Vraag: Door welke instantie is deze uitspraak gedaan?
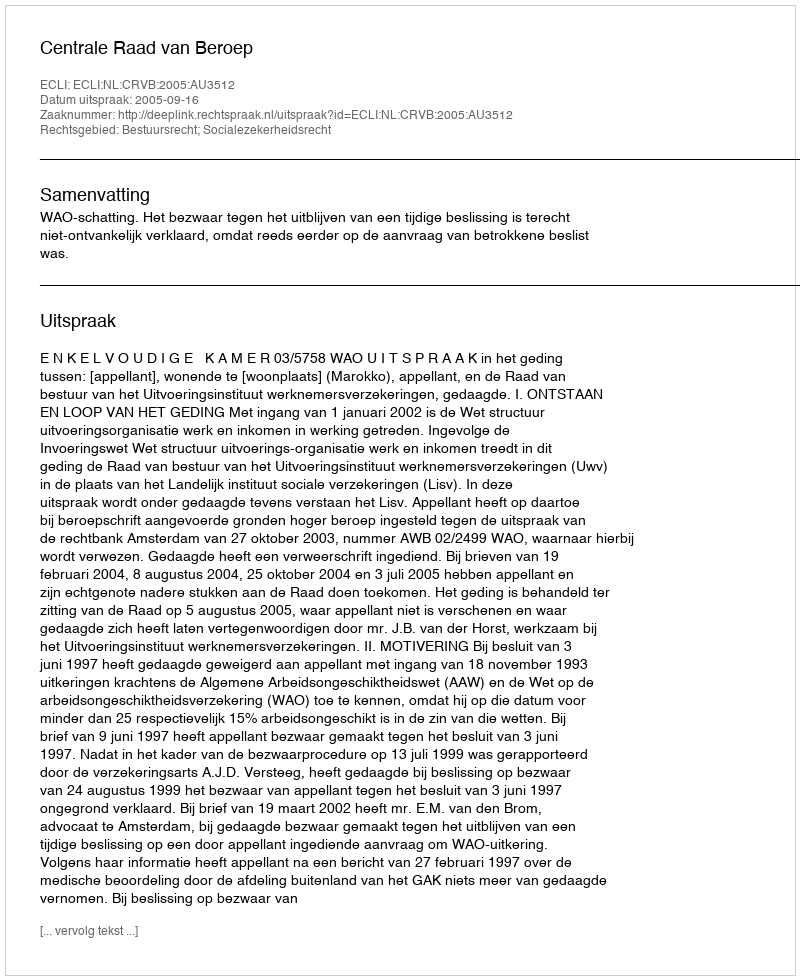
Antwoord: Centrale Raad van Beroep